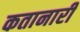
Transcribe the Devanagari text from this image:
कतानारी